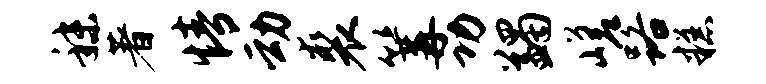
秣著情动裘篝功蠲嵯路糕